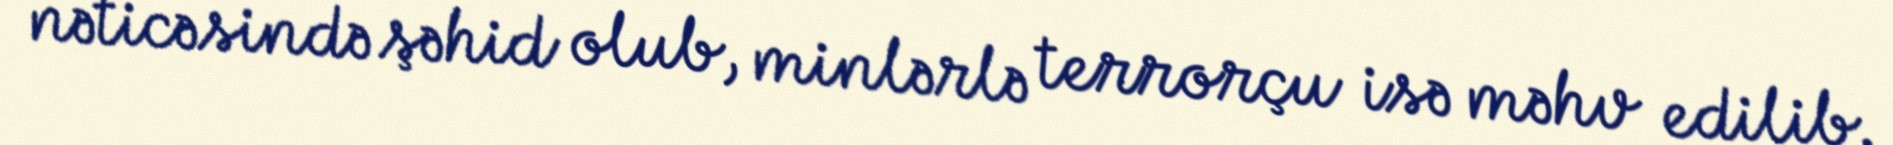
nəticəsində şəhid olub, minlərlə terrorçu isə məhv edilib.